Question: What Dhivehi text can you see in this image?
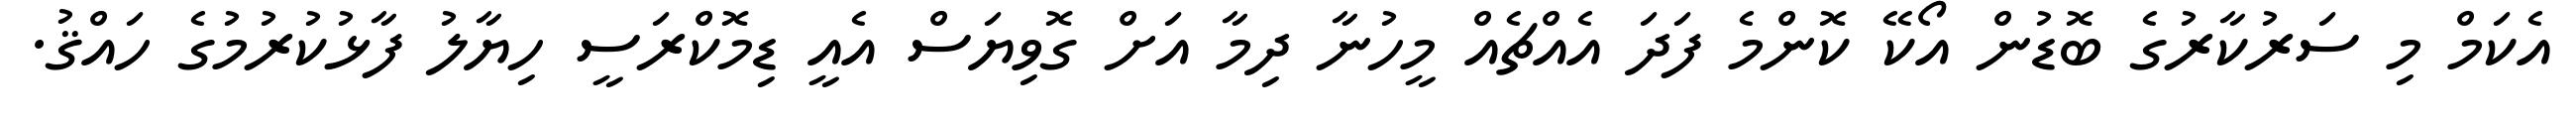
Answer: އެކަމް މި ސަރުކާރުގެ ބޮޑުން އޯކޭ ކޮންމެ ފަދަ އެއްޗެއް މީހުނާ ދިމާ އަށް ގޮވިޔަސް އެއީ ޑިމޮކްރަސީ ހިޔާލު ފާޅުކުރުމުގެ ހައްޤު.